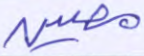
مصين